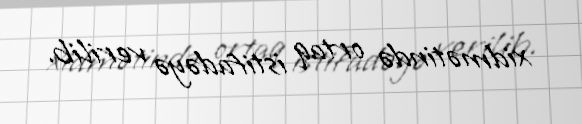
xidmətində ortaq istifadəyə verilib.